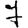
Digit: 7